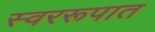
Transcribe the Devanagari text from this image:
स्वररूपात